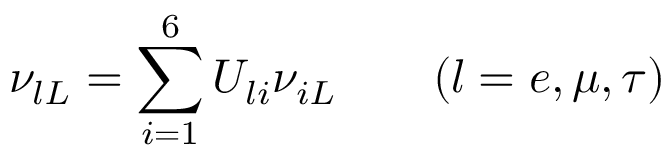
\nu _ { l L } = \sum _ { i = 1 } ^ { 6 } U _ { l i } \nu _ { i L } \qquad ( l = e , \mu , \tau )